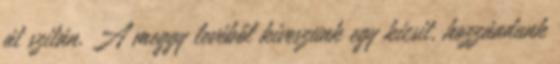
át szitán. A meggy levéből kiveszünk egy kicsit, hozzáadunk